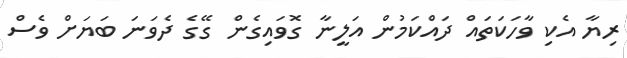
ރިޔާ އެކި ވާހަކަތައް ދައްކަމުން އަލީނާ ގޮވައިގެން ގޭގެ ދެވަނަ ބަޔަށް ވެސް